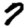
Digit: 7